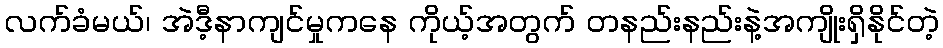
လက်ခံမယ်၊ အဲဒီ့နာကျင်မှုကနေ ကိုယ့်အတွက် တနည်းနည်းနဲ့အကျိုးရှိနိုင်တဲ့